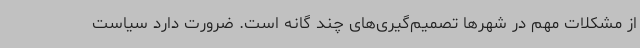
از مشکلات مهم در شهرها تصمیم‌گیری‌های چند گانه است. ضرورت دارد سیاست